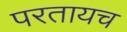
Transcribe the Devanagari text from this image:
परतायच